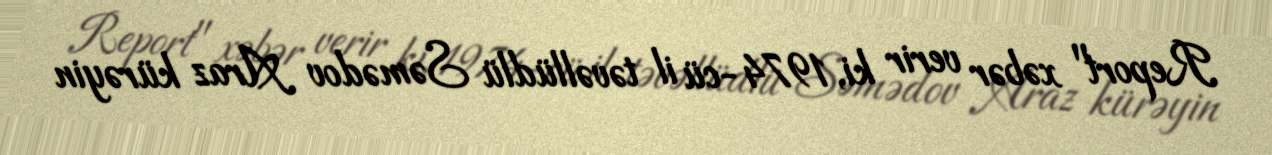
Report" xəbər verir ki, 1974-cü il təvəllüdlü Səmədov Araz kürəyin